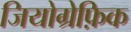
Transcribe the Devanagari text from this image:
जियोग्रेफ़िक